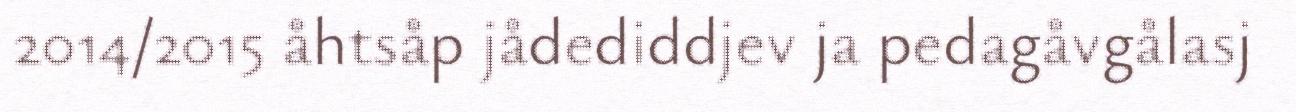
2014/2015 åhtsåp jådediddjev ja pedagåvgålasj